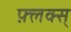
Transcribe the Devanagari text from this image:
फ़्लक्स्